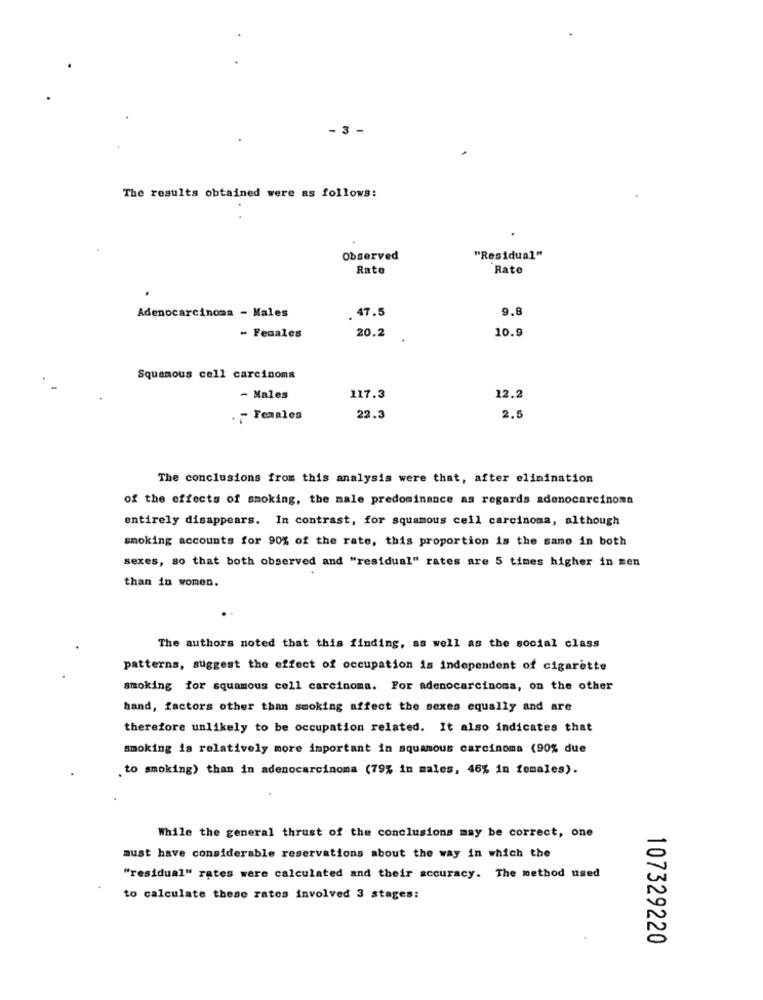
3 -
The results obtained were as follows:
Observed
"Residual"
Rato
Rate
. 47.5
9.6
Adenocarcinoma - Males
10.9
- Fecales
20.2
Squamous cell carcinoma
- Nales
117.3
12.2
. - Females
22.3
2.5
The conclusions from this analysis were that, after elimination
of the effects of smoking, the male predominance as regards adenocarcinoma
entirely disappears. In contrast, for squamous cell carcinoma, although
smoking accounts for 90% of the rate, this proportion is the same in both
sexes, so that both observed and "residual" rates are 5 times higher in men
than in women.
The authors noted that this finding, as well as the social class
patterns, suggest the effect of occupation is independent of cigarette
smoking for squamous cell carcinoma. For adenocarcinoma, on the other
hand, factors other than smoking affect the sexes equally and are
therefore unlikely to be occupation related. It also indicates that
smoking is relatively more important in squamous carcinoma (90% due
. to smoking) than in adenocarcinoma (79% in males, 46% in females).
While the general thrust of the conclusions may be correct, one
must have considerable reservations about the way in which the
"residual" rates were calculated and their accuracy. The method used
to calculate these ratos involved 3 stages:
107329220